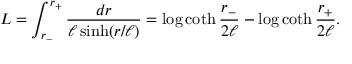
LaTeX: L = \int _ { r _ { - } } ^ { r _ { + } } \frac { d r } { \ell \sinh ( r / \ell ) } = \log \coth { \frac { r _ { - } } { 2 \ell } } - \log \coth { \frac { r _ { + } } { 2 \ell } } .